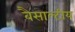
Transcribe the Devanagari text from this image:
बैसाल्टीय